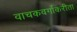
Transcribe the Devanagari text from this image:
वाचकवर्गाकरीता